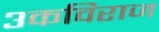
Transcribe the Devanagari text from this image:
३कविराज